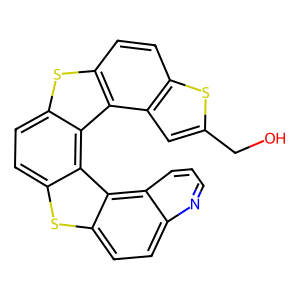
SMILES: OCc1cc2c(ccc3sc4ccc5sc6ccc7ncccc7c6c5c4c32)s1
Inhibits HIV replication: No